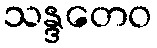
သန္ဒတေဝ